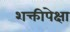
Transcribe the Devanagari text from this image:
शक्तीपेक्षा